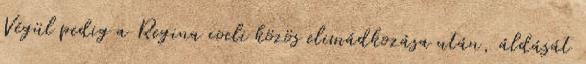
Végül pedig a Regina coeli közös elimádkozása után, áldását